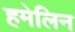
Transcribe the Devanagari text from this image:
हमेलिन